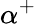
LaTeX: \alpha^{+}